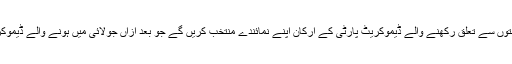
پرائمری انتخاب – جسے کاکس بھی کہا جاتا ہے – میں تینوں ریاستوں سے تعلق رکھنے والے ڈیموکریٹ پارٹی کے ارکان اپنے نمائندے منتخب کریں گے جو بعد ازاں جولائی میں ہونے والے ڈیموکریٹس کے قومی کنوینشن میں صدارتی امیدوار کا انتخاب کریں گے۔